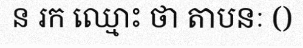
ន រក ឈ្មោះ ថា តាបនៈ ()